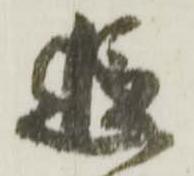
追